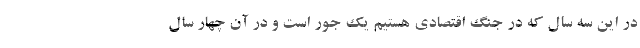
در این سه سال که در جنگ اقتصادی هستیم یک جور است و در آن چهار سال